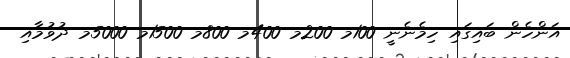
އަންހެން ބައިގައި ހިމެނެނީ 100މ 200މ 400މ 800މ 1500މ 5000މ ދުވުމާއި